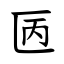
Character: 㔷